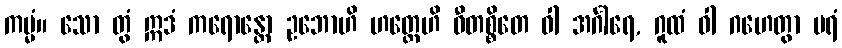
ကမ္မံ။ သော တွံ ဣဒံ ကရောန္တော ဥဘောဟိ ဟတ္ထေဟိ ဝီတစ္စိတေ ဝါ အင်္ဂါရေ, ဂူထံ ဝါ ဂဟေတွာ ပရံ